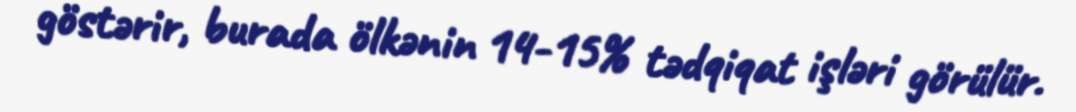
göstərir, burada ölkənin 14-15% tədqiqat işləri görülür.